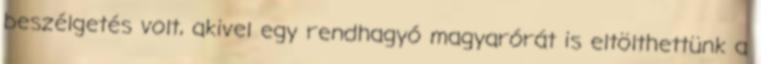
beszélgetés volt, akivel egy rendhagyó magyarórát is eltölthettünk a